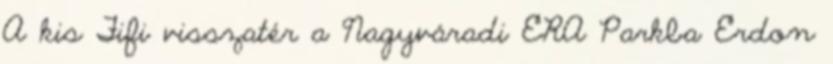
A kis Fifi visszatér a Nagyváradi ERA Parkba Erdon